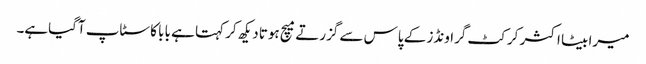
میرا بیٹا اکثر کرکٹ گراونڈز کے پاس سے گزرتے میچ ہوتا دیکھ کر کہتا ہے بابا کا سٹاپ آگیاہے۔